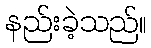
နည်းခဲ့သည်။